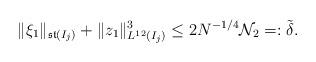
LaTeX: \begin{align*}\|\xi_1\|_{\mathfrak{st}(I_j)}+ \|z_1\|_{L^{12}(I_j)}^3\leq 2 N^{-1/4}\mathcal N_2=:\tilde \delta.\end{align*}